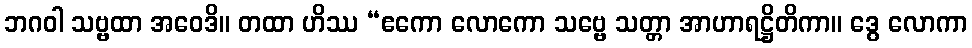
ဘဂဝါ သဗ္ဗထာ အဝေဒိ။ တထာ ဟိဿ “ဧကော လောကော သဗ္ဗေ သတ္တာ အာဟာရဋ္ဌိတိကာ။ ဒွေ လောကာ